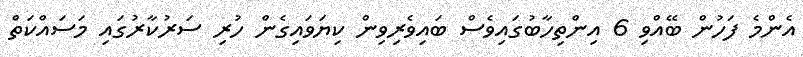
އެންމެ ފަހުން ބޭއްވި 6 އިންތިހާބުގައިވެސް ބައިވެރިވިން ކިޔަވައިގެން ހުރި ސަރުކާރުގައި މަސައްކަތް